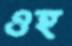
ওহ